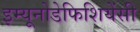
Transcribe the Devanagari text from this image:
इम्यूनोडेफिशियेंसी